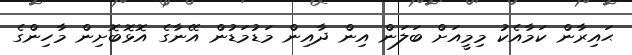
ޙައިރާން ކަމާއެކު މިމީއަށް ބަލަން އިން ދާއިން މަޑުމަޑުން އޭނާގެ އޮޅޮބޮށިން މާހިންގެ